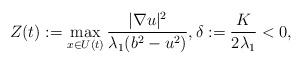
LaTeX: \begin{align*}Z(t) := \max_{x \in U(t)} \frac{| \nabla u | ^{2}}{\lambda_{1}(b^{2} - u^{2})}, \delta := \frac{K}{2 \lambda_{1}} < 0, \end{align*}